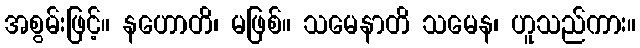
အစွမ်းဖြင့်။ နဟောတိ၊ မဖြစ်။ သမေနာတိ သမေန၊ ဟူသည်ကား။